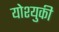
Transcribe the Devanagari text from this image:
योश्युकी